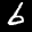
Label: 6